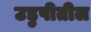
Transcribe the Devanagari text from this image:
उडुपीतील